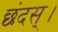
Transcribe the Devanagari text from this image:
छंदस्।